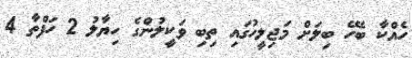
ހެއްކާ ބެހޭ ބިލަށް މަޖިލީހުގައި ތިބި ވަކީލުންގެ ހިޔާލު 2 ހަފްތާ 4